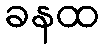
ခနထ